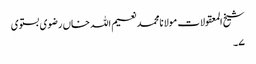
شیخ المعقولات مولانامحمدنعیم اللہ خاں رضوی بستوی
۷۔